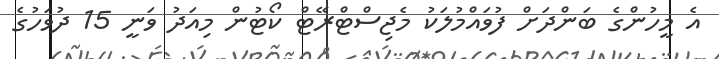
އެ މީހުންގެ ބަންދަށް ފުވައްމުލަކު މެޖިސްޓްރޭޓް ކޯޓުން މިއަދު ވަނީ 15 ދުވަހުގެ